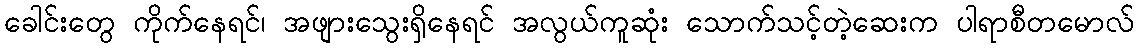
ခေါင်းတွေ ကိုက်နေရင်၊ အဖျားသွေးရှိနေရင် အလွယ်ကူဆုံး သောက်သင့်တဲ့ဆေးက ပါရာစီတမောလ်